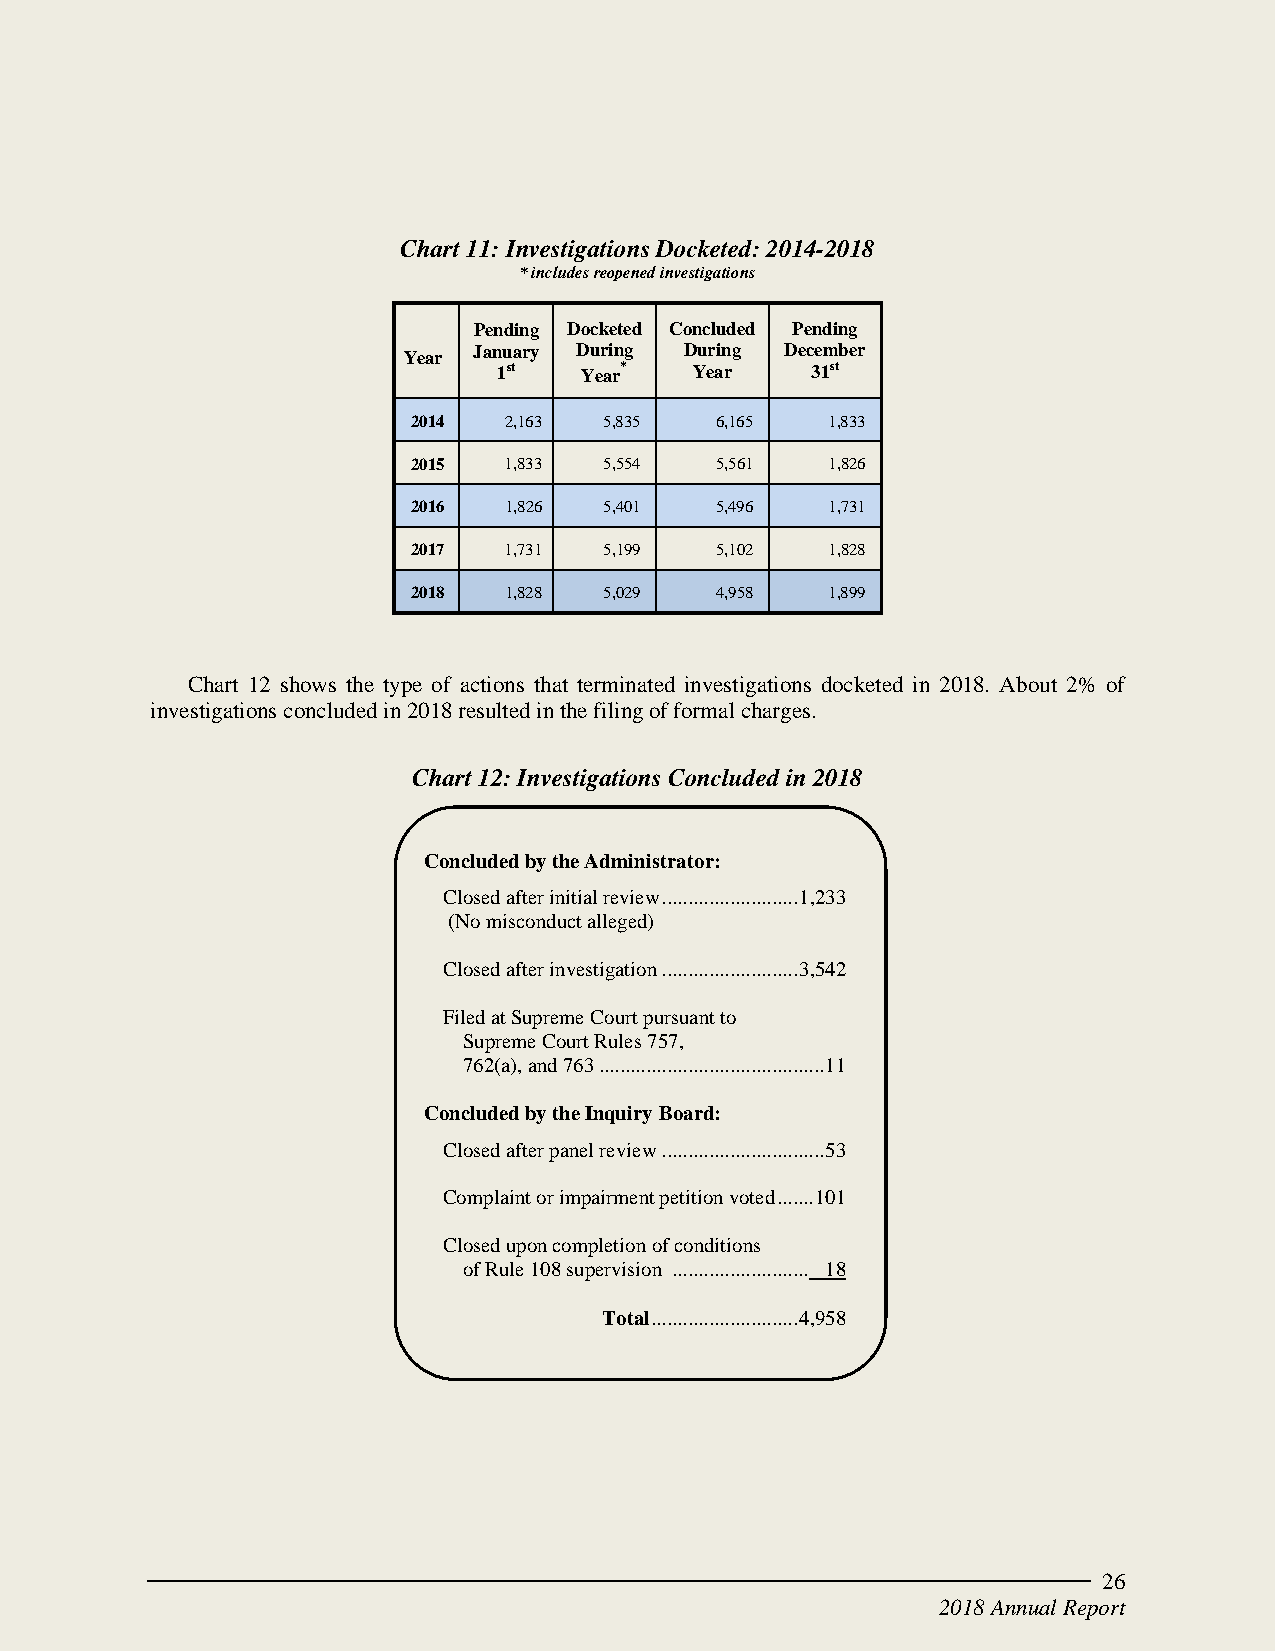
Chart 11: Investigations Docketed: 2014-2018
 * includes reopened investigations
 Pending Docketed Concluded Pending
 Year January During During December
 1st  Year*   Year    31st
 2014  2,163  5,835  6,165   1,833
 2015  1,833  5,554  5,561   1,826
 2016  1,826  5,401  5,496   1,731
 2017  1,731  5,199  5,102   1,828
 2018  1,828  5,029  4,958   1,899
 Chart 12 shows the type of actions that terminated investigations docketed in 2018. About 2% of
 investigations concluded in 2018 resulted in the filing of formal charges.
 Chart 12: Investigations Concluded in 2018
 Concluded by the Administrator:
 Closed after initial review .......................... 1,233
 (No misconduct alleged)
 Closed after investigation .......................... 3,542
 Filed at Supreme Court pursuant to
 Supreme Court Rules 757,
 762(a), and 763 ........................................... 11
 Concluded by the Inquiry Board:
 Closed after panel review ............................... 53
 Complaint or impairment petition voted ....... 101
 Closed upon completion of conditions
 of Rule 108 supervision .......................... 18
 Total ............................ 4,958
 26
 2018 Annual Report